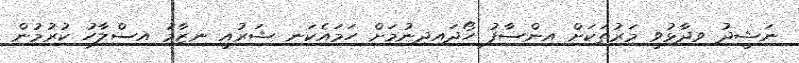
ނަޝީދު ވިދާޅުވީ މަރުތަކަށް އިންސާފު ހޯދައިދިނުމަށް ހަމައެކަނި ޝަރުއީ ނިޒާމު އިސްލާހު ކުރުމުން